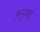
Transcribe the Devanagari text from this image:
अनुभवु